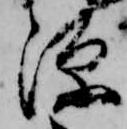
源